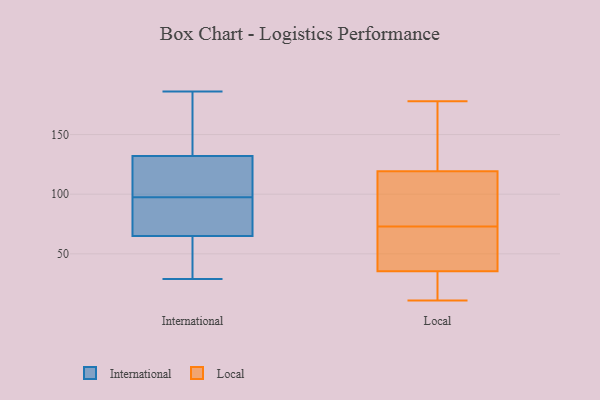
{"axis": {"x": "Backlog", "y": "Value"}, "legend": ["International", "Local"], "data": [{"x": "", "y": 93, "type": "International"}, {"x": "", "y": 132, "type": "International"}, {"x": "", "y": 67, "type": "International"}, {"x": "", "y": 108, "type": "International"}, {"x": "", "y": 35, "type": "International"}, {"x": "", "y": 97, "type": "International"}, {"x": "", "y": 29, "type": "International"}, {"x": "", "y": 60, "type": "International"}, {"x": "", "y": 186, "type": "International"}, {"x": "", "y": 132, "type": "International"}, {"x": "", "y": 111, "type": "International"}, {"x": "", "y": 92, "type": "International"}, {"x": "", "y": 98, "type": "International"}, {"x": "", "y": 52, "type": "International"}, {"x": "", "y": 109, "type": "International"}, {"x": "", "y": 151, "type": "International"}, {"x": "", "y": 65, "type": "International"}, {"x": "", "y": 148, "type": "International"}, {"x": "", "y": 24, "type": "Local"}, {"x": "", "y": 73, "type": "Local"}, {"x": "", "y": 120, "type": "Local"}, {"x": "", "y": 57, "type": "Local"}, {"x": "", "y": 119, "type": "Local"}, {"x": "", "y": 31, "type": "Local"}, {"x": "", "y": 69, "type": "Local"}, {"x": "", "y": 37, "type": "Local"}, {"x": "", "y": 102, "type": "Local"}, {"x": "", "y": 163, "type": "Local"}, {"x": "", "y": 78, "type": "Local"}, {"x": "", "y": 28, "type": "Local"}, {"x": "", "y": 178, "type": "Local"}, {"x": "", "y": 73, "type": "Local"}, {"x": "", "y": 125, "type": "Local"}, {"x": "", "y": 11, "type": "Local"}, {"x": "", "y": 73, "type": "Local"}]}